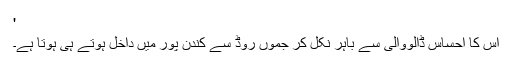
'
اس کا احساس ڈالووالی سے باہر نکل کر جموں روڈ سے کندن پور میں داخل ہوتے ہی ہوتا ہے۔